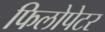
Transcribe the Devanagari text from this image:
फिलोपेटर